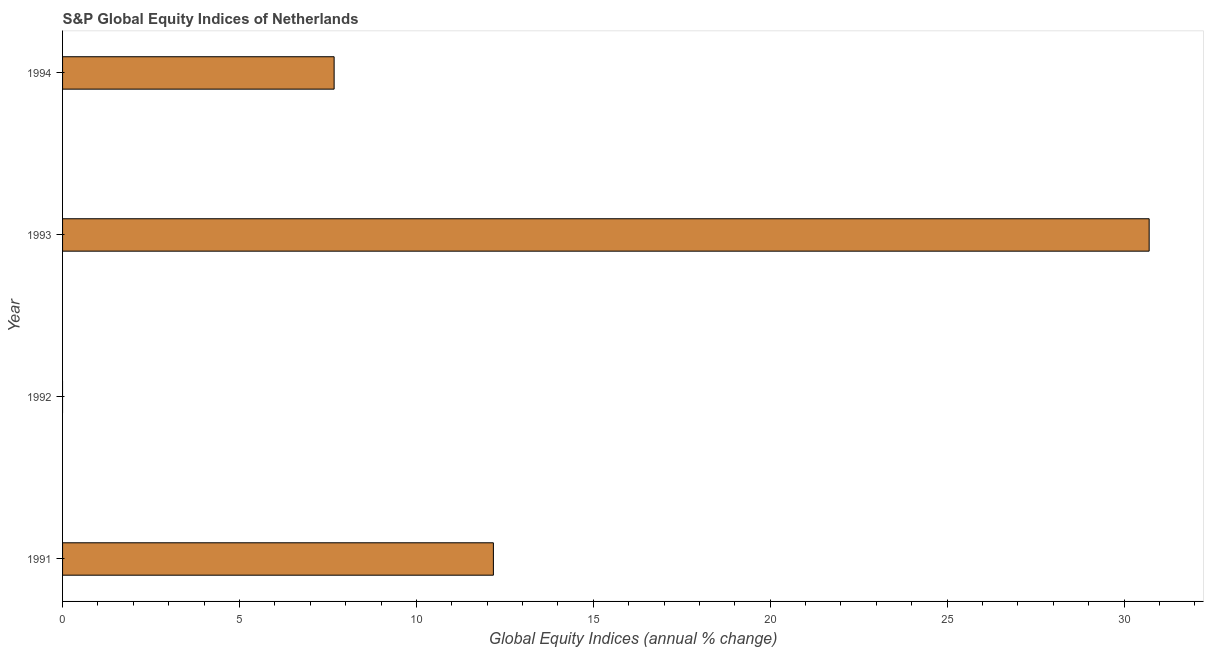
| Year | S&P Global Equity Indices |
 | --- | --- |
 | 1991 | 12.2 |
 | 1992 | -2.31 |
 | 1993 | 30.7 |
 | 1994 | 7.68 |